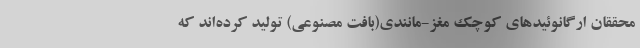
محققان ارگانوئیدهای کوچک مغز-مانندی(بافت مصنوعی) تولید کرده‌اند که